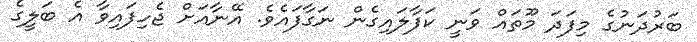
ބަރުދަނުގެ މިފަދަ މޫތައް ވަނީ ކަފާލައިގެން ނަގާފައެވެ. އޭނާއަށް ޖެހިފައިވާ އެ ބަލީގެ